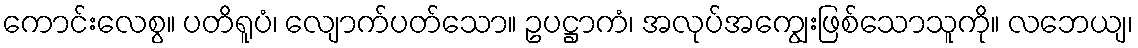
ကောင်းလေစွ။ ပတိရူပံ၊ လျောက်ပတ်သော။ ဥပဋ္ဌာကံ၊ အလုပ်အကျွေးဖြစ်သောသူကို။ လဘေယျ၊